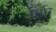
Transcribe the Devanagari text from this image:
गिरि